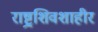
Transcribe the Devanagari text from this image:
राष्ट्रशिवशाहीर